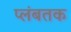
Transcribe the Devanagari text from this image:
प्लंबतक